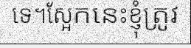
ទេ។ស្អែកនេះខ្ញុំត្រូវ